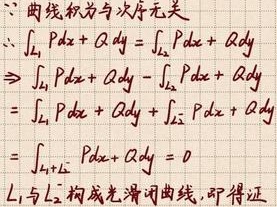
\[
\begin{align*}
&\because\text{曲线积分与次序无关}\\
&\therefore\int_{L_1} Pdx + Qdy = \int_{L_2} Pdx + Qdy\\
&\Rightarrow\int_{L_1} Pdx + Qdy - \int_{L_2} Pdx + Qdy\\
&=\int_{L_1} Pdx + Qdy + \int_{-L_2} Pdx + Qdy\\
&=\int_{L_1+(-L_2)} Pdx + Qdy = 0
\end{align*}
\]
$L_1$与$L_2$构成光滑闭曲线, 即得证